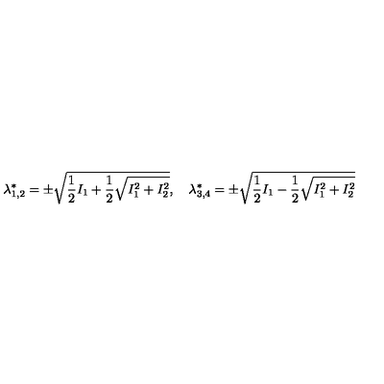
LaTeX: \lambda _ { 1 , 2 } ^ { * } = \pm \sqrt { \frac 1 2 I _ { 1 } + \frac 1 2 \sqrt { I _ { 1 } ^ { 2 } + I _ { 2 } ^ { 2 } } } , \quad \lambda _ { 3 , 4 } ^ { * } = \pm \sqrt { \frac 1 2 I _ { 1 } - \frac 1 2 \sqrt { I _ { 1 } ^ { 2 } + I _ { 2 } ^ { 2 } } }